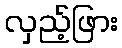
လှည့်ဖြား